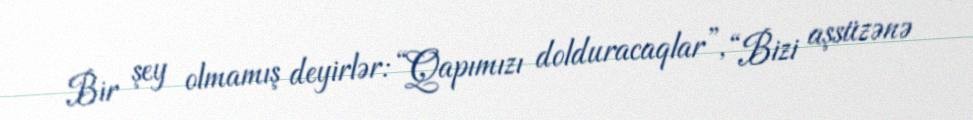
Bir şey olmamış deyirlər: “Qapımızı dolduracaqlar”, “Bizi aşsüzənə